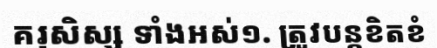
គរុសិស្ស ទាំងអស់១. ត្រូវបន្តខិតខំ